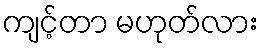
ကျင့်တာ မဟုတ်လား